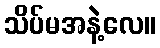
သိပ်မအနဲ့လေ။